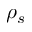
\rho _ { s }